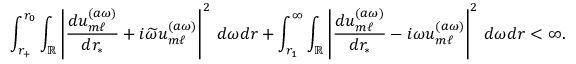
\int _ { r _ { + } } ^ { r _ { 0 } } \int _ { \mathbb { R } } \left| \frac { d u _ { m \ell } ^ { ( a \omega ) } } { d r _ { * } } + i \widetilde { \omega } u _ { m \ell } ^ { ( a \omega ) } \right| ^ { 2 } \, d \omega d r + \int _ { r _ { 1 } } ^ { \infty } \int _ { \mathbb { R } } \left| \frac { d u _ { m \ell } ^ { ( a \omega ) } } { d r _ { * } } - i \omega u _ { m \ell } ^ { ( a \omega ) } \right| ^ { 2 } \, d \omega d r < \infty .